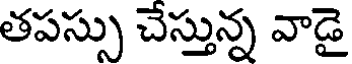
తపస్సు చేస్తున్న వాడై